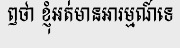
ឭថា ខ្ញុំអត់មានអារម្មណ៍ទេ